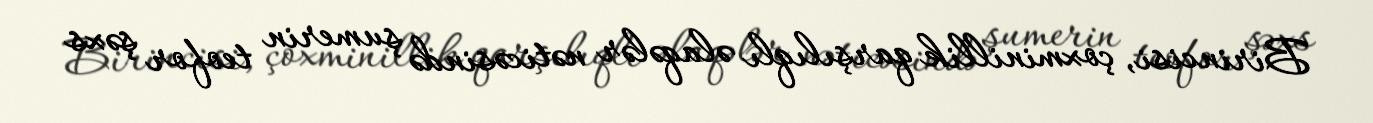
Birincisi, çoxminillik qarşılıqlı əlaqələr nəticəsində şumerin teofor şəxs